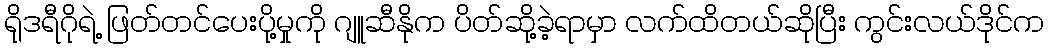
ရိုဒရီဂိုရဲ့ ဖြတ်တင်ပေးပို့မှုကို ဂျူဆီနိုက ပိတ်ဆို့ခဲ့ရာမှာ လက်ထိတယ်ဆိုပြီး ကွင်းလယ်ဒိုင်က